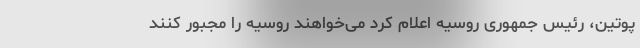
پوتین، رئیس جمهوری روسیه اعلام کرد می‌خواهند روسیه را مجبور کنند